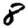
Digit: 8